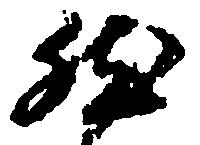
然